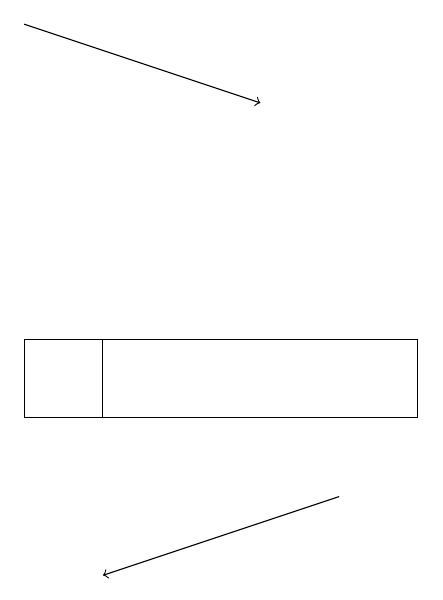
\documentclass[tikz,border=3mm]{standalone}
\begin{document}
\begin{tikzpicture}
\draw[->] (0,18) -- (3,17);
\draw (5,13) rectangle (0,14);
\draw (5,14) rectangle (1,13);
\draw[->] (4,12) -- (1,11);
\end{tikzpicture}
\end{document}